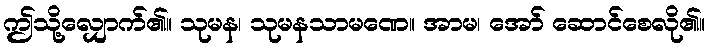
ဤသို့လျှောက်၏။ သုမန၊ သုမနသာမဏေ။ အာမ၊ အော် ဆောင်စေလို၏။